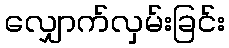
လျှောက်လှမ်းခြင်း